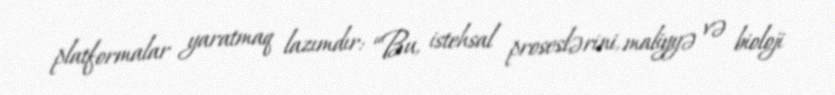
platformalar yaratmaq lazımdır: “Bu, istehsal proseslərini, maliyyə və bioloji